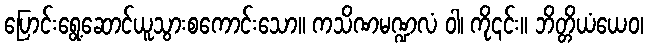
ပြောင်းရွေ့ဆောင်ယူသွားစကောင်းသော။ ကသိဏမဏ္ဍလံ ဝါ၊ ကို၎င်း။ ဘိတ္တိယံယေဝ၊